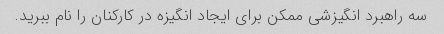
سه راهبرد انگیزشی ممکن برای ایجاد انگیزه در کارکنان را نام ببرید.